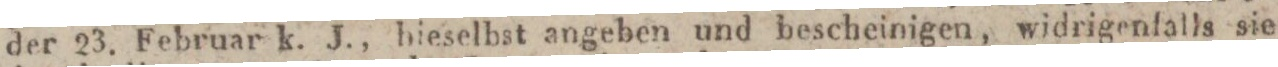
der 23. Februar k. J., bieselbst angeben und bescheinigen, widrigenfalls sie